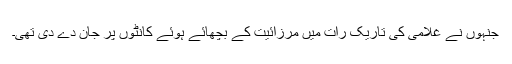
جنہوں نے غلامی کی تاریک رات میں مرزائیت کے بچھائے ہوئے کانٹوں پر جان دے دی تھی۔